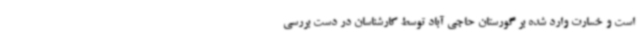
است و خسارت وارد شده بر گورستان حاجی آباد توسط کارشناسان در دست بررسی